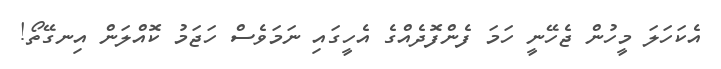
އެކަހަލަ މީހުން ޖެހޭނީ ހަމަ ފެންފޮދެއްގެ އެހީގައި ނަމަވެސް ހަޖަމު ކޮއްލަން އިނގޭތޯ!